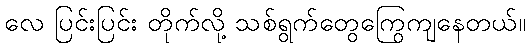
လေ ပြင်းပြင်း တိုက်လို့ သစ်ရွက်တွေကြွေကျနေတယ်။